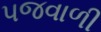
પજવાળી